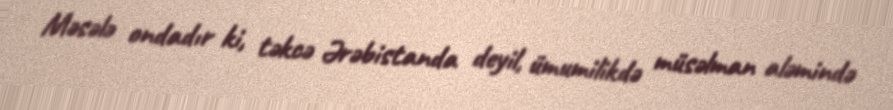
Məsələ ondadır ki, təkcə Ərəbistanda deyil, ümumilikdə müsəlman aləmində